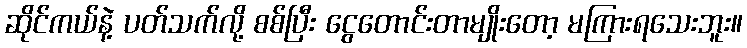
ဆိုင်ကယ်နဲ့ ပတ်သက်လို့ စစ်ပြီး ငွေတောင်းတာမျိုးတော့ မကြားရသေးဘူး။